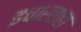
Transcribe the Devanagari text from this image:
इचारताहा